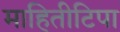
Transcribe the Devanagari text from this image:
माहितीटिपा